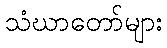
သံဃာတော်များ